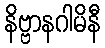
နိဗ္ဗာနဂါမိနီ